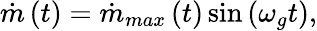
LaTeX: \dot{m}\left(t\right)=\dot{m}_{max}\left(t\right)\sin\left(\omega_{g}t\right),